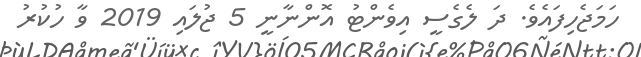
ހަމަޖެހިފައެވެ. ދަ ލެގެސީ އިވެންޓު އޮންނާނީ 5 ޖުލައި 2019 ވާ ހުކުރު